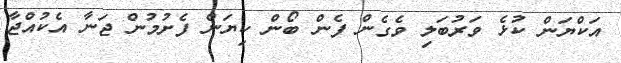
އަކްޔަން ކުޅެ ވަރުބަލި ވެގެން ފެން ބޯން ކިޔަން ފެށުމުން ޖަނާ އެކުއްޖާ